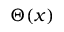
\Theta ( x )